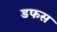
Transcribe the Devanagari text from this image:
डफस